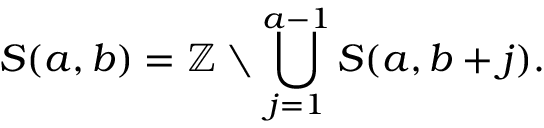
S ( a , b ) = \mathbb { Z } \setminus \bigcup _ { j = 1 } ^ { a - 1 } S ( a , b + j ) .